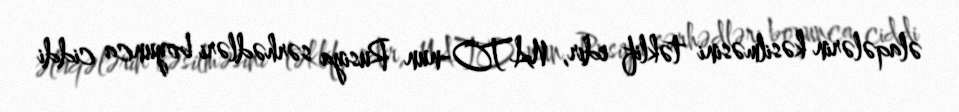
əlaqələrin kəsilməsini təklif edir, NATO-nun Rusiya sərhədləri boyunca ciddi